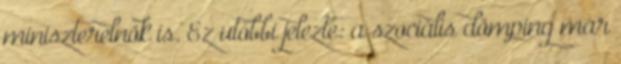
miniszterelnök is. Ez utóbbi jelezte: a szociális dömping már